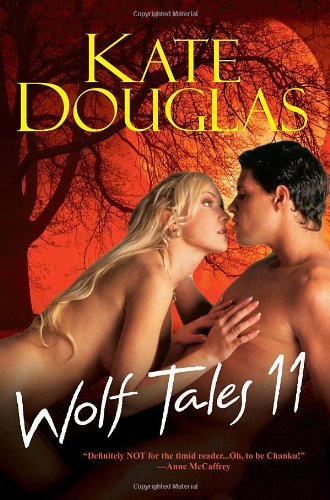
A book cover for Wolf Tales 11; Kate Douglas; Romance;